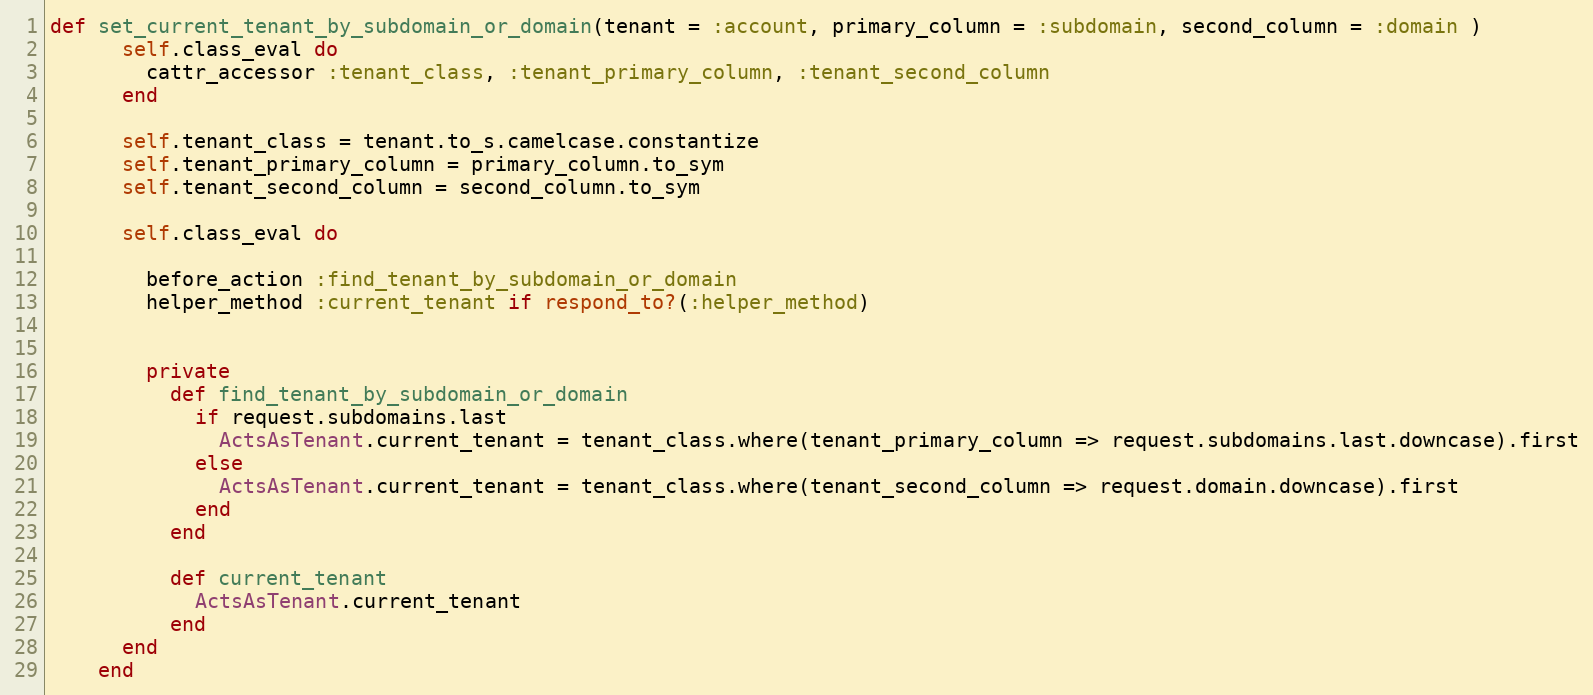
Language: Ruby
def set_current_tenant_by_subdomain_or_domain(tenant = :account, primary_column = :subdomain, second_column = :domain )
      self.class_eval do
        cattr_accessor :tenant_class, :tenant_primary_column, :tenant_second_column
      end

      self.tenant_class = tenant.to_s.camelcase.constantize
      self.tenant_primary_column = primary_column.to_sym
      self.tenant_second_column = second_column.to_sym

      self.class_eval do

        before_action :find_tenant_by_subdomain_or_domain
        helper_method :current_tenant if respond_to?(:helper_method)

        private
          def find_tenant_by_subdomain_or_domain
            if request.subdomains.last
              ActsAsTenant.current_tenant = tenant_class.where(tenant_primary_column => request.subdomains.last.downcase).first
            else
              ActsAsTenant.current_tenant = tenant_class.where(tenant_second_column => request.domain.downcase).first
            end
          end

          def current_tenant
            ActsAsTenant.current_tenant
          end
      end
    end